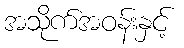
အသိုက်အဝန်းနှင့်